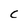
Character: C